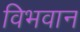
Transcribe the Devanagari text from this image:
विभवान